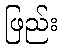
ဖြည်း